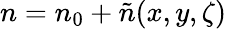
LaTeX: n=n_{0}+\tilde{n}(x,y,\zeta)